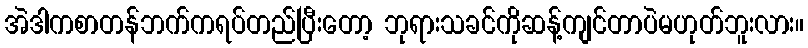
အဲဒါကစာတန်ဘက်ကရပ်တည်ပြီးတော့ ဘုရားသခင်ကိုဆန့်ကျင်တာပဲမဟုတ်ဘူးလား။